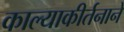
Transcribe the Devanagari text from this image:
काल्याकीर्तनाने